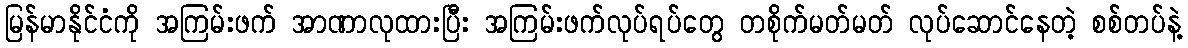
မြန်မာနိုင်ငံကို အကြမ်းဖက် အာဏာလုထားပြီး အကြမ်းဖက်လုပ်ရပ်တွေ တစိုက်မတ်မတ် လုပ်ဆောင်နေတဲ့ စစ်တပ်နဲ့